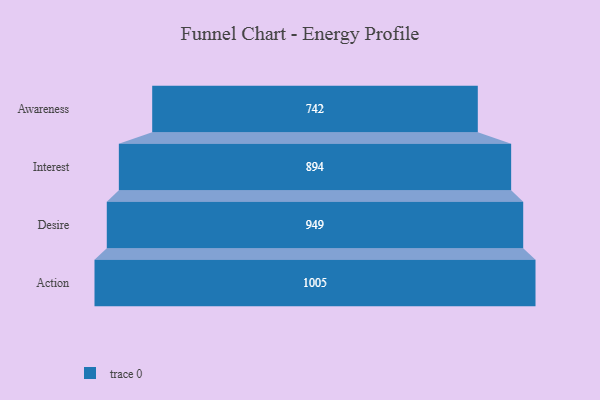
{"axis": {"x": "Stage", "y": "Value"}, "legend": [""], "data": [{"x": "Awareness", "y": 742.0, "type": ""}, {"x": "Interest", "y": 894.0, "type": ""}, {"x": "Desire", "y": 949.0, "type": ""}, {"x": "Action", "y": 1005.0, "type": ""}]}